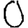
Digit: 0